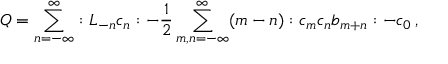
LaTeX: { \cal Q } = \sum _ { n = - \infty } ^ { \infty } : L _ { - n } c _ { n } : - \frac { 1 } { 2 } \sum _ { m , n = - \infty } ^ { \infty } ( m - n ) : c _ { m } c _ { n } b _ { m + n } : - c _ { 0 } \, ,